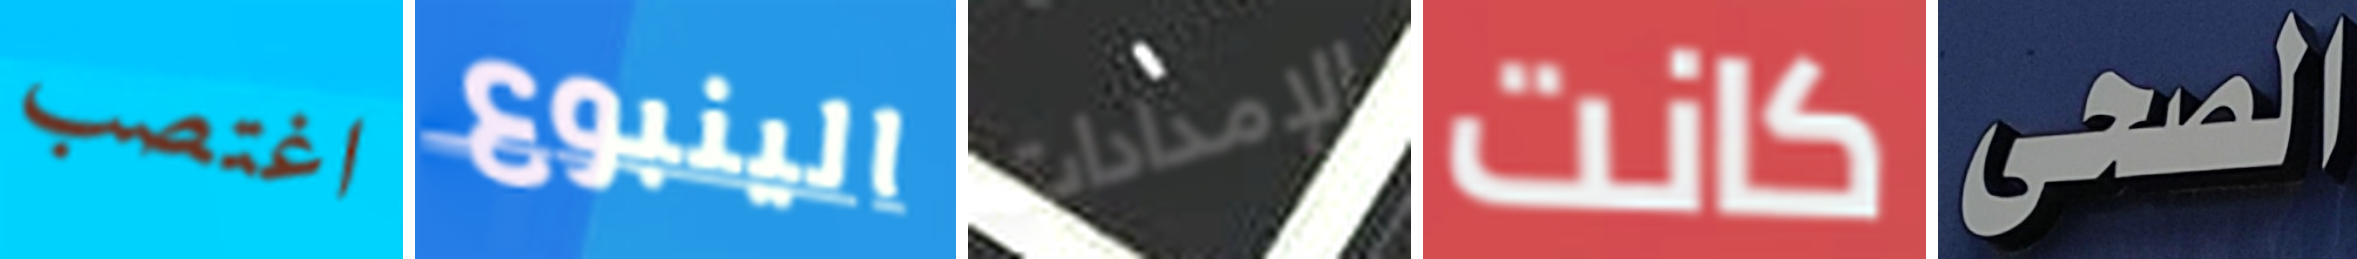
اغتصب الينبوع الإمدادات كانت الصحى